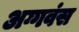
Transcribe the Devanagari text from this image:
अग्गवंस